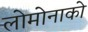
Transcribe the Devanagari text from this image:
लोमोनाको